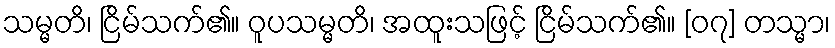
သမ္မတိ၊ ငြိမ်သက်၏။ ဝူပသမ္မတိ၊ အထူးသဖြင့် ငြိမ်သက်၏။ [၀၇] တသ္မာ၊